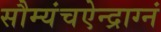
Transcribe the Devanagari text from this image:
सौम्यंचऐन्द्राग्नं